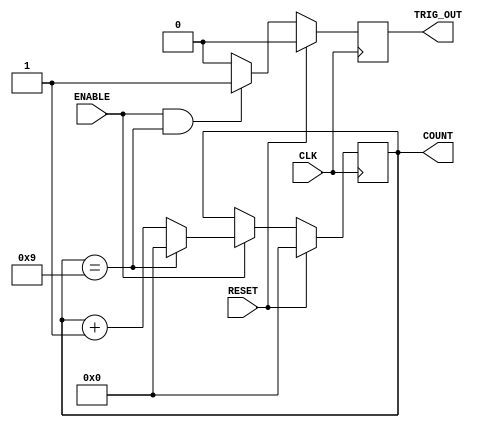
`timescale 1ns / 1ps

module Generic_counter(
    CLK,
    RESET,
    ENABLE,
    TRIG_OUT,
    COUNT
    );
    
    
    parameter COUNTER_WIDTH = 4;
    parameter COUNTER_MAX = 9;
    
    input CLK;
    input RESET;
    input ENABLE;
    output TRIG_OUT;
    output [COUNTER_WIDTH-1:0] COUNT;
    
    reg [COUNTER_WIDTH-1:0] count_value = 0;
    reg Trigger_out;
    
    // Counter counts up to the given specific value incrementing at the speed of internal clock (100MHz for Basys 3 board).
    // Once it reaches given count value it gives out a trigger impulse
    // This allows to create lower frequency clocks than the internal one
    always@(posedge CLK) begin
        if (RESET)
            count_value <= 0;
        else begin
            if(ENABLE) begin
                if(count_value==COUNTER_MAX)
                    count_value <= 0;
                else
                    count_value <= count_value + 1;
             end
          end
      end
      
      always@(posedge CLK) begin
           if(RESET)
               Trigger_out <= 0;
           else begin
                if (ENABLE && (count_value == COUNTER_MAX))
                    Trigger_out <= 1;
                else 
                    Trigger_out <= 0;
           end
      end
      
      assign COUNT = count_value;
      assign TRIG_OUT = Trigger_out;
      
endmodule